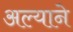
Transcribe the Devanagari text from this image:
अल्याने